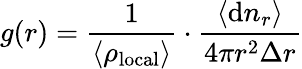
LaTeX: g(r)=\frac{1}{\langle\rho_{\mathrm{local}}\rangle}\cdot\frac{\langle\mathrm{d}n_{r}\rangle}{4\pi r^{2}\Delta r}